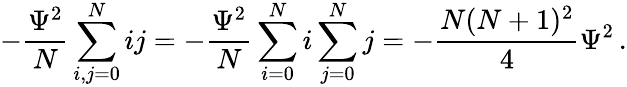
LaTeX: -{\frac{\Psi^{2}}{N}}\sum_{i,j=0}^{N}ij=-{\frac{\Psi^{2}}{N}}\sum_{i=0}^{N}i\sum_{j=0}^{N}j=-{\frac{N(N+1)^{2}}{4}}\Psi^{2}\, .